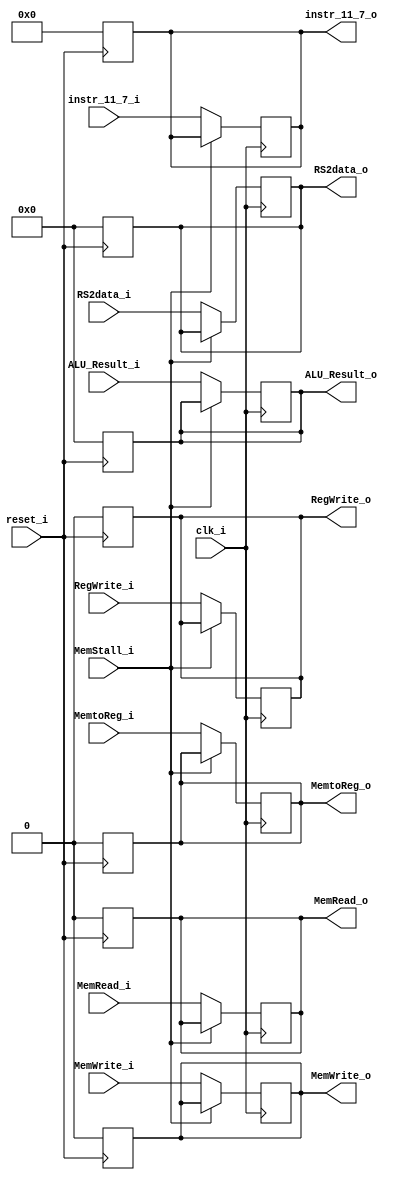
module EX_MEM_Registers
(
    clk_i,
    reset_i,
    RegWrite_i,
    MemtoReg_i,
    MemRead_i,
    MemWrite_i,
    ALU_Result_i,
    RS2data_i,
    instr_11_7_i,
    MemStall_i,
    RegWrite_o,
    MemtoReg_o,
    MemRead_o,
    MemWrite_o,
    ALU_Result_o,
    RS2data_o,
    instr_11_7_o
);

    parameter width = 32;

    input                      clk_i;
    input                      reset_i;
    input                      RegWrite_i;
    input                      MemtoReg_i;
    input                      MemRead_i;
    input                      MemWrite_i;
    input   [width - 1: 0]     ALU_Result_i;
    input   [width - 1: 0]     RS2data_i;
    input   [4: 0]             instr_11_7_i;
    input                      MemStall_i;

    output                     RegWrite_o;
    output                     MemtoReg_o;
    output                     MemRead_o;
    output                     MemWrite_o;
    output  [width - 1: 0]     ALU_Result_o;
    output  [width - 1: 0]     RS2data_o;
    output  [4: 0]             instr_11_7_o;

    reg                        RegWrite_o;
    reg                        MemtoReg_o;
    reg                        MemRead_o;
    reg                        MemWrite_o;
    reg     [width - 1: 0]     ALU_Result_o;
    reg     [width - 1: 0]     RS2data_o;
    reg     [4: 0]             instr_11_7_o;

    always @ (posedge reset_i) begin
        RegWrite_o   <= 1'b0;
        MemtoReg_o   <= 1'b0;
        MemRead_o    <= 1'b0;
        MemWrite_o   <= 1'b0;
        ALU_Result_o <= 32'b0;
        RS2data_o    <= 32'b0;
        instr_11_7_o <= 5'b0;
    end

    always @ (posedge clk_i) begin
        if (~MemStall_i) begin
            RegWrite_o   <= RegWrite_i;
            MemtoReg_o   <= MemtoReg_i;
            MemRead_o    <= MemRead_i;
            MemWrite_o   <= MemWrite_i;
            ALU_Result_o <= ALU_Result_i;
            RS2data_o    <= RS2data_i;
            instr_11_7_o <= instr_11_7_i;
        end
    end

endmodule